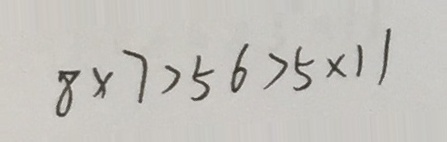
8 \times 7 > 5 6 > 5 \times 1 1